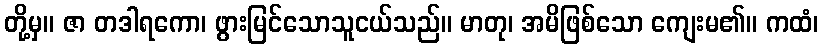
တို့မှ။ ဇာ တဒါရကော၊ ဖွားမြင်သောသူငယ်သည်။ မာတု၊ အမိဖြစ်သော ကျေးမ၏။ ကထံ၊